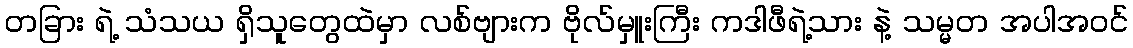
တခြား ရဲ့ သံသယ ရှိသူတွေထဲမှာ လစ်ဗျားက ဗိုလ်မှူးကြီး ကဒါဖီရဲ့သား နဲ့ သမ္မတ အပါအဝင်